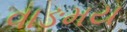
વાઙમય